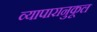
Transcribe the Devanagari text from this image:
व्यापारानुकूल